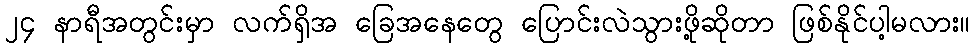
၂၄ နာရီအတွင်းမှာ လက်ရှိအ ခြေအနေတွေ ပြောင်းလဲသွားဖို့ဆိုတာ ဖြစ်နိုင်ပါ့မလား။